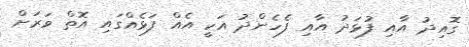
ގޮއިދު އާއި ފުޅަދު އާއި ފެހެންދު އަކީ އެއް ފަޅެއްގައި އޮތް ވަރަށް